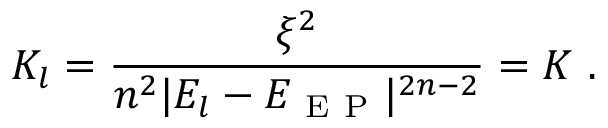
K _ { l } = \frac { \xi ^ { 2 } } { n ^ { 2 } | E _ { l } - E _ { \mathrm { ~ E ~ P ~ } } | ^ { 2 n - 2 } } = K \ .